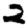
Digit: 2